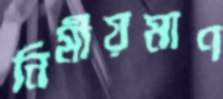
নির্মীয়মাণ